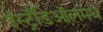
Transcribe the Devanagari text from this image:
ईस्ट्रॅडिऑलमधे